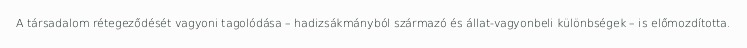
A társadalom rétegeződését vagyoni tagolódása – hadizsákmányból származó és állat-vagyonbeli különbségek – is előmozdította.